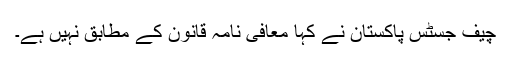
چیف جسٹس پاکستان نے کہا معافی نامہ قانون کے مطابق نہیں ہے۔